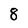
Character: 8